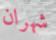
شهران